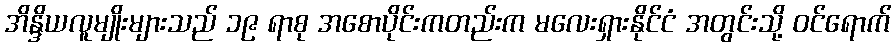
အိန္ဒိယလူမျိုးများသည် ၁၉ ရာစု အစောပိုင်းကတည်းက မလေးရှားနိုင်ငံ အတွင်းသို့ ဝင်ရောက်